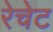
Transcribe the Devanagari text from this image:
रेचेट